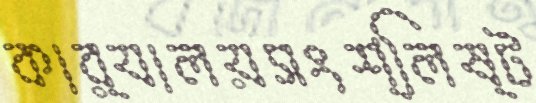
কার্যালয়সংশ্লিষ্ট